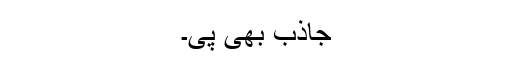
جاذب بھی پی۔